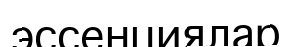
эссенциялар